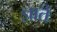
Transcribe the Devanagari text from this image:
ज्ञाते